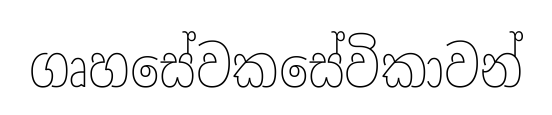
ගෘහසේවකසේවිකාවන්